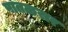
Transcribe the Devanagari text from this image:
पातळसर